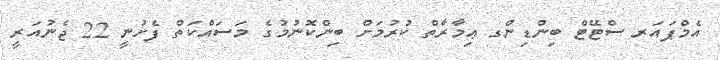
އެމްޕައަރ ސްޓޭޓް ބިންޑިންގ ޢިމާރާތް ކުރުމަށް ބިންކޮނުމުގެ މަސައްކަތް ފެށުނީ 22 ޖެނުއަރީ